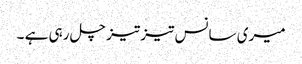
میری سانس تیز تیز چل رہی ہے ۔